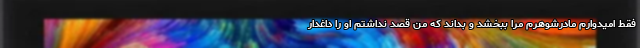
فقط امیدوارم مادرشوهرم مرا ببخشد و بداند که من قصد نداشتم او را داغدار